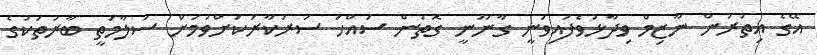
އޭގެ އިތުރުން ނާޒިމް ވިދާޅުވެފައިވަނީ ގާނޫނީ ގޮތުން ސައްހަ ސަރުކާރަކަށްވުމަށް ސަލާމަތީ ބާރުތަކުގެ